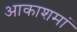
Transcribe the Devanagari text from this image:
आकाशमां